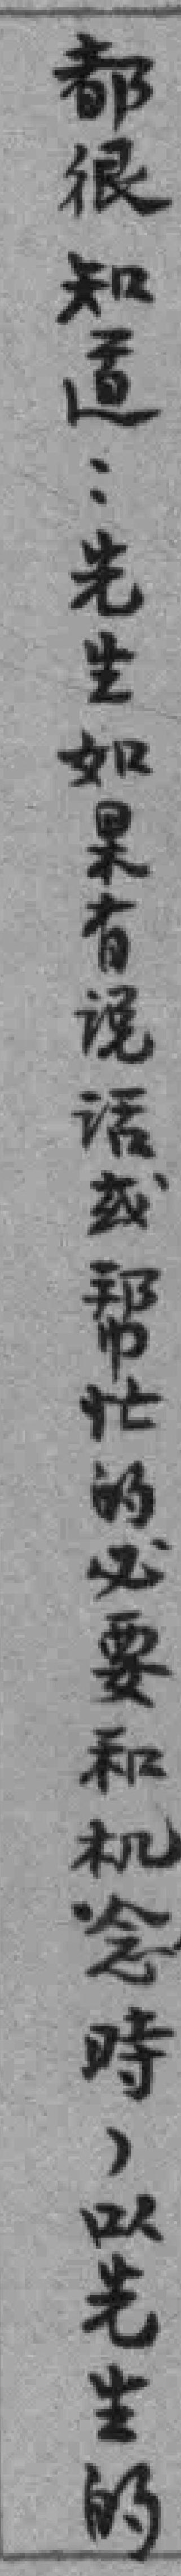
都很知道..先生如果有说话或帮忙的必要和机念時，以先生的